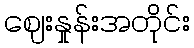
ဈေးနှုန်းအတိုင်း